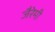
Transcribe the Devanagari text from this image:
जैरेमी